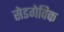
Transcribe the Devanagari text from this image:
सेडगेविक